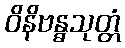
ဝိနိဗန္ဓသုတ္တံ